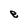
Character: e